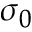
\sigma _ { 0 }